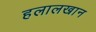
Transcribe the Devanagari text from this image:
हलालखान